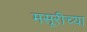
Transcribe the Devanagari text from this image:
मसूरीच्या